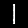
Digit: 1